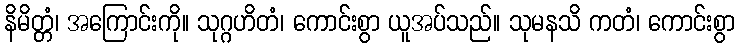
နိမိတ္တံ၊ အကြောင်းကို။ သုဂ္ဂဟိတံ၊ ကောင်းစွာ ယူအပ်သည်။ သုမနသိ ကတံ၊ ကောင်းစွာ